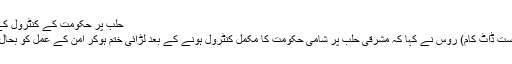
حلب پر حکومت کے کنٹرول کے بعد امن ممکن : روس
ماسکو، 17 دسمبر (سیاست ڈاٹ کام) روس نے کہا کہ مشرقی حلب پر شامی حکومت کا مکمل کنٹرول ہونے کے بعد لڑائی ختم ہوکر امن کے عمل کو بحال کرنے کا موقع ملے گا۔